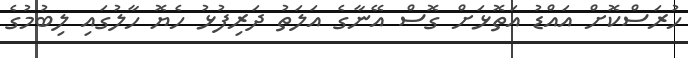
ހުރަސްކޮށް އައްޑު އަތޮޅަށް ގޮސް އޭނާގެ އަލަތު ދަރިފުޅު ހެޔޮ ހާލުގައި ލިބުމުގެ